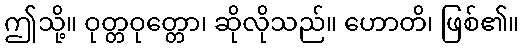
ဤသို့။ ဝုတ္တဝုတ္တော၊ ဆိုလိုသည်။ ဟောတိ၊ ဖြစ်၏။